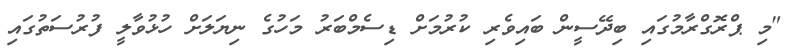
"މި ޕްރޮގްރާމުގައި ބިދޭސީން ބައިވެރި ކުރުމަށް ޑިސެމްބަރު މަހުގެ ނިޔަލަށް ހުޅުވާލީ ފުރުސަތުގައި